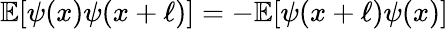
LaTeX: \mathbb{E}[\psi(x)\psi(x+\ell)]=-\mathbb{E}[\psi(x+\ell)\psi(x)]